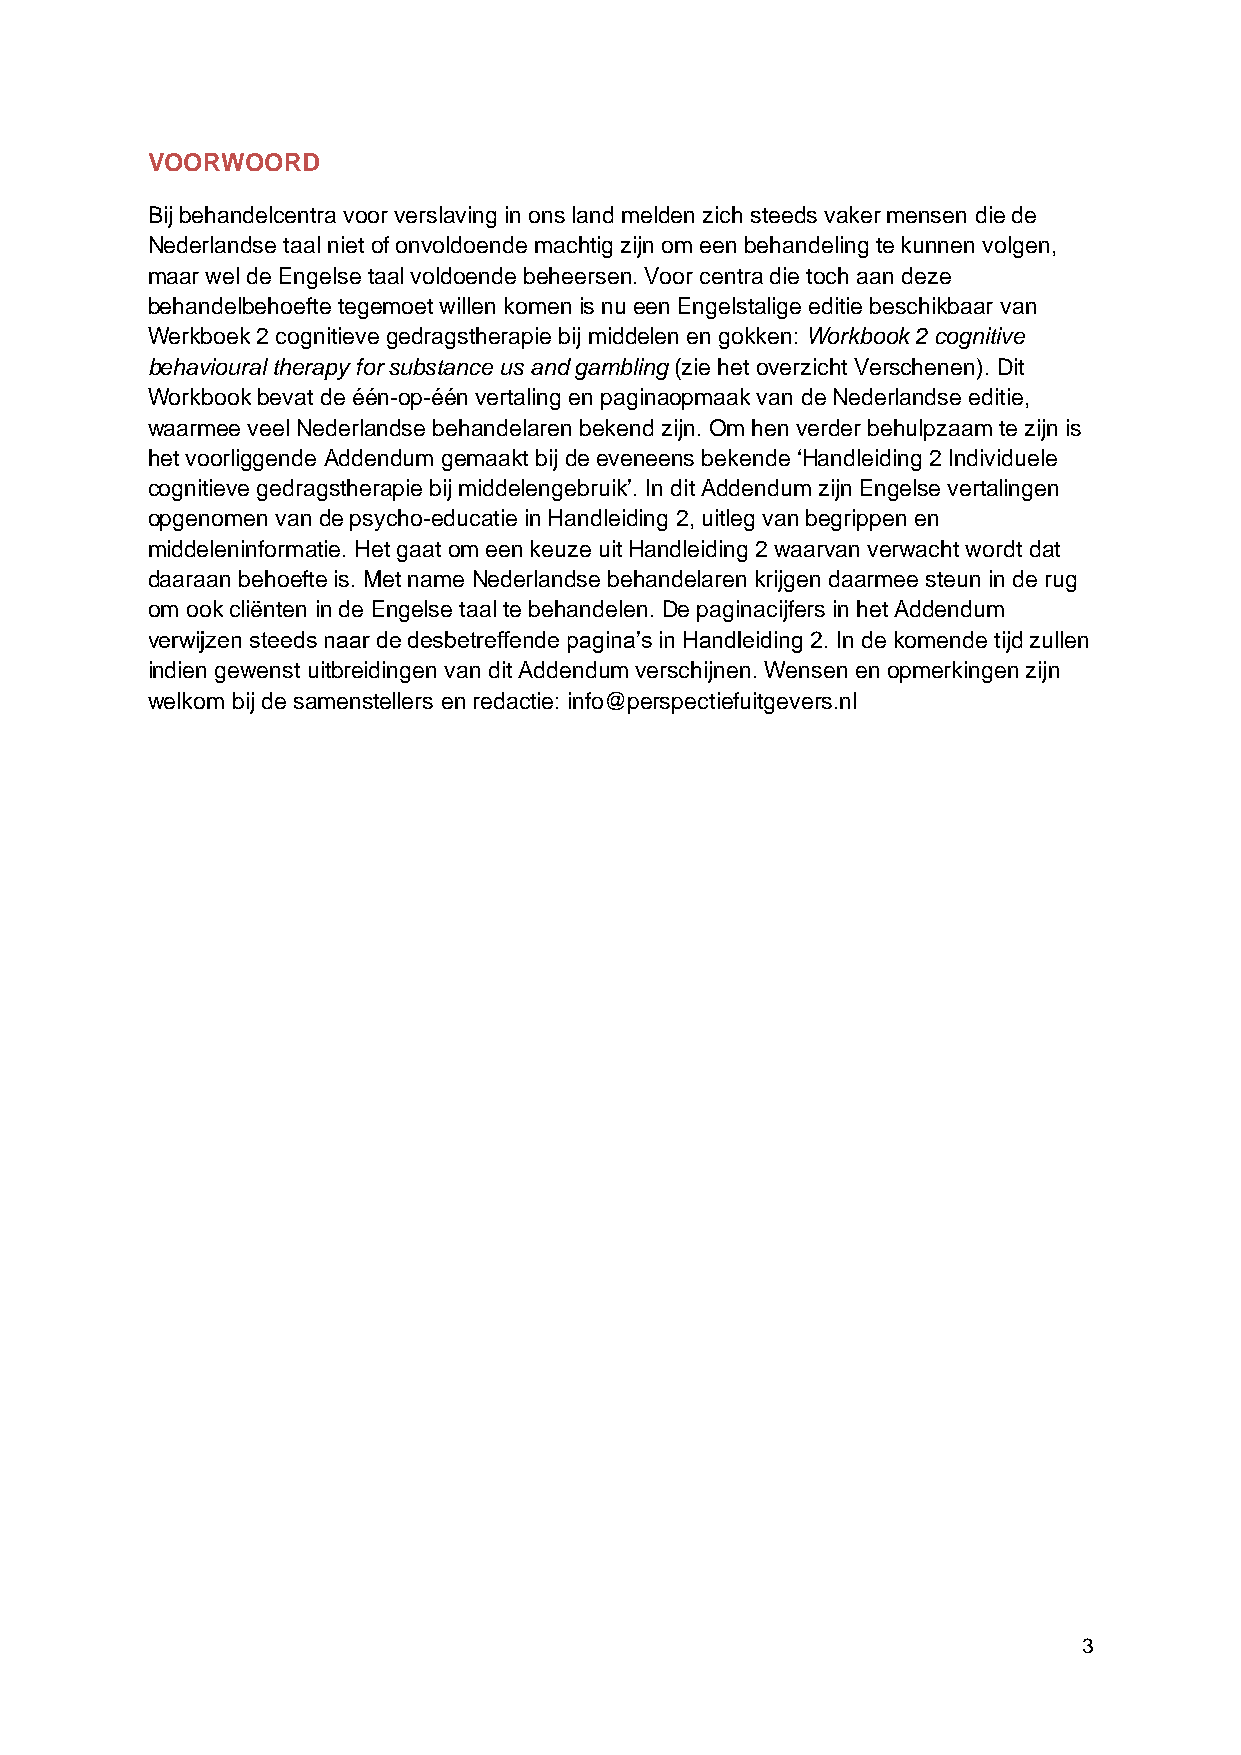
VOORWOORD
 Bij behandelcentra voor verslaving in ons land melden zich steeds vaker mensen die de
 Nederlandse taal niet of onvoldoende machtig zijn om een behandeling te kunnen volgen,
 maar wel de Engelse taal voldoende beheersen. Voor centra die toch aan deze
 behandelbehoefte tegemoet willen komen is nu een Engelstalige editie beschikbaar van
 Werkboek 2 cognitieve gedragstherapie bij middelen en gokken: Workbook 2 cognitive
 behavioural therapy for substance us and gambling (zie het overzicht Verschenen). Dit
 Workbook bevat de één-op-één vertaling en paginaopmaak van de Nederlandse editie,
 waarmee veel Nederlandse behandelaren bekend zijn. Om hen verder behulpzaam te zijn is
 het voorliggende Addendum gemaakt bij de eveneens bekende ‘Handleiding 2 Individuele
 cognitieve gedragstherapie bij middelengebruik’. In dit Addendum zijn Engelse vertalingen
 opgenomen van de psycho-educatie in Handleiding 2, uitleg van begrippen en
 middeleninformatie. Het gaat om een keuze uit Handleiding 2 waarvan verwacht wordt dat
 daaraan behoefte is. Met name Nederlandse behandelaren krijgen daarmee steun in de rug
 om ook cliënten in de Engelse taal te behandelen. De paginacijfers in het Addendum
 verwijzen steeds naar de desbetreffende pagina’s in Handleiding 2. In de komende tijd zullen
 indien gewenst uitbreidingen van dit Addendum verschijnen. Wensen en opmerkingen zijn
 welkom bij de samenstellers en redactie: info@perspectiefuitgevers.nl
 3